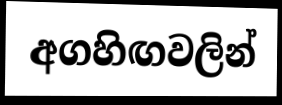
අගහිඟවලින්